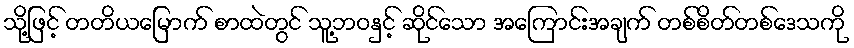
သို့ဖြင့် တတိယမြောက် စာထဲတွင် သူ့ဘဝနှင့် ဆိုင်သော အကြောင်းအချက် တစ်စိတ်တစ်ဒေသကို